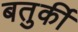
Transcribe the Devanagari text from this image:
बतुर्की